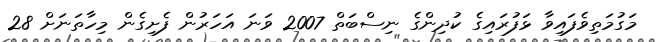
މަގުމަތިވެފައިވާ ޅަފުރައިގެ ކުދިންގެ ނިސްބަތް 2007 ވަނަ އަހަރުން ފެށިގެން މިހާތަނަށް 28